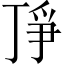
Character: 𬻗